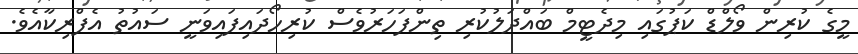
މީގެ ކުރިން ވޯލްޑް ކަޕުގައި މިދެޓީމް ބައްދަލުކުރި ތިންފަހަރުވެސް ކުރިހޯދައިފައިވަނީ ސައުތު އެފްރިކާއެވެ.